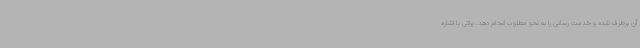
آن برطرف شده و خدمت رسانی را به نحو مطلوب انجام دهد. براتی با اشاره